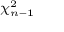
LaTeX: \scriptstyle \chi _ { n - 1 } ^ { 2 }